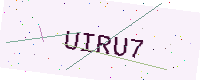
Text: UIRU7